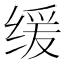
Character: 缓